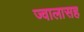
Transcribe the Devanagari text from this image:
ज्वालासह